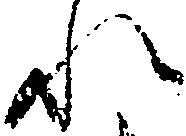
れ